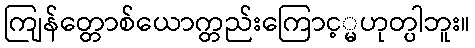
ကျြန်တ္တောစ်ယောက္တည်းကြောင့္မဟုတ္ပါဘူး။